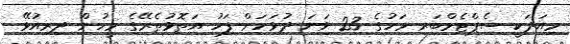
މިއަދަކީ ސެޕްޓެމްބަރ މަހުގެ 23 ވަނަ ދުވަހަށް ފަހު އަތޮޅުތެރޭގެ މީހުން ދިރިއުޅޭ